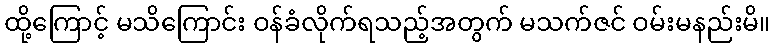
ထို့ကြောင့် မသိကြောင်း ဝန်ခံလိုက်ရသည့်အတွက် မသက်ဇင် ဝမ်းမနည်းမိ။